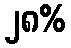
၂၈%